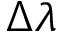
\Delta \lambda